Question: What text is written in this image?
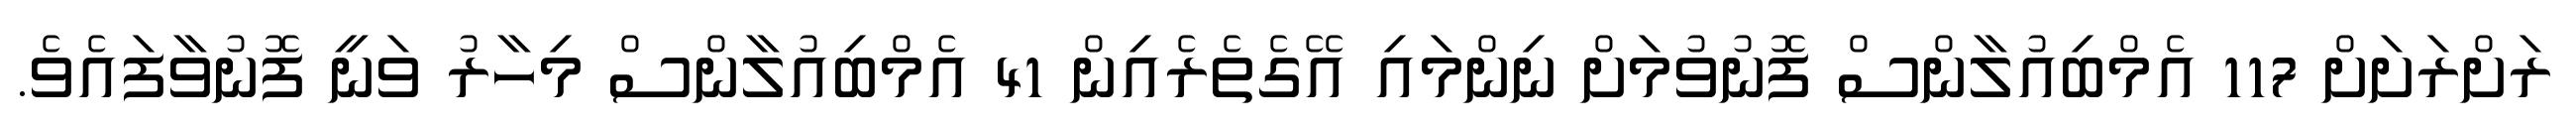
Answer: ރަށްރަށަށް 117 އެމްބިއުލާންސް ފޮނުވުމަށް ނިންމައި އޭގެތެރެއިން 41 އެމްބިއުލާންސް މިހާރު ވަނީ ފޮނުވާފައެވެ.